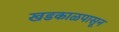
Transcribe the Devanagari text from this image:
खडकाळपासून